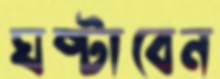
ঘষ্‌টাবেন